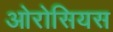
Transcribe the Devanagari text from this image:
ओरोसियस